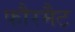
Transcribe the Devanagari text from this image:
फौरमैट